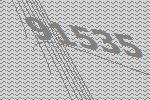
91535